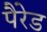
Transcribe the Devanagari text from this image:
पैरेड